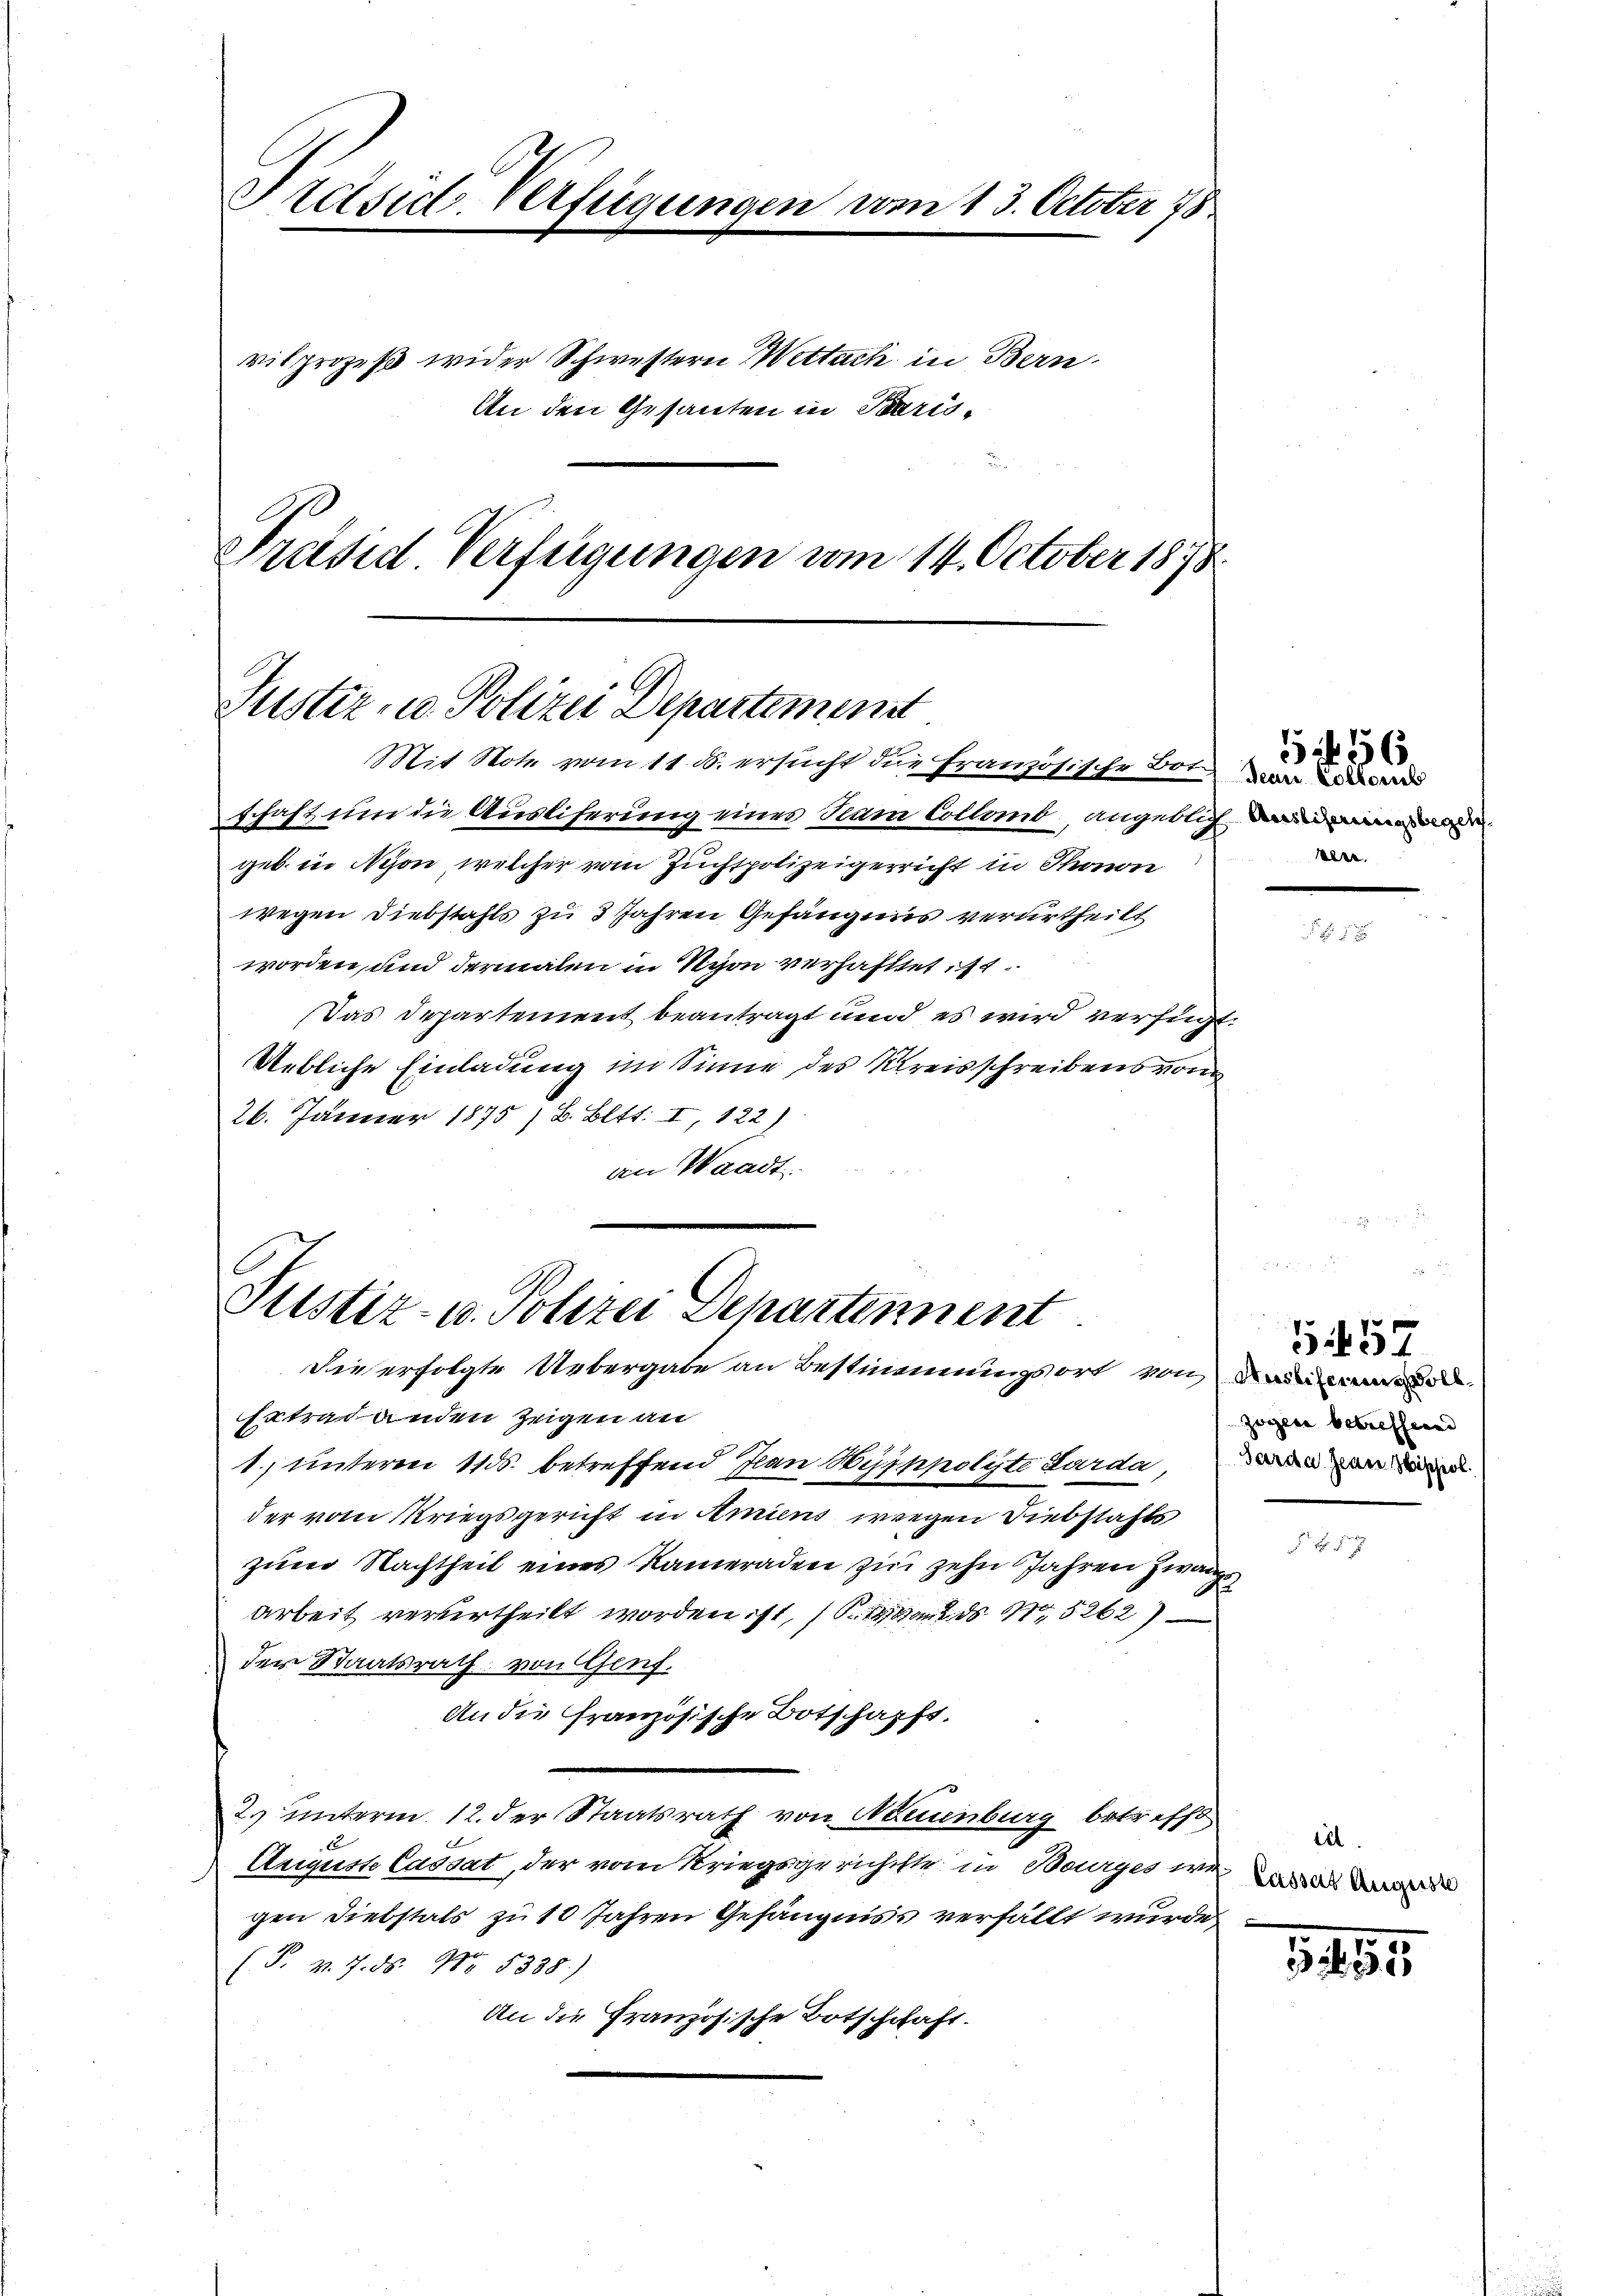
Präsid. Verfügungen vom 13. October 18

vilprozeß wider Schwestern Wettuch in Bern
An den Gesanten in Paris¬

Präsid Verfügungen vom 14. October 1878.

Justiz- u. Polizei Departement
Mit Note vom 11. d. ersucht die französische Bot

schaft um die Ausliferung eines Sam Colland, angeblich in
geb. in Nyon, welcher vom Zuchtpolizeigerricht in Thonon
wegen Diebstahls zu 3 Jahren Gefängens verurtheilt
worden, und dermalen in Nyon verhaftet ist
Das Departement beantragt und es wird verfügt,
Uebliche Einladung im Sinne des Kreisschreibens von
26. Jänner 1875 / B. Bett. I, 122)
an Waadt.

Justiz- u. Polizei Departennent

Die erfolgte Uebergabe an Bestimmungsort von da
Ertrag anden Zeigen an
1) unteren 11 ds. betreffend Jean Symppolyte Lardaue
der vom Kriegsgericht in Amiens wegen Diebstahls
zum Nachtheil eines Kameraden zur zehn Jahren Zwang
arbeit verurtheilt worden ist, an ds 15262)
der Staatsrath von Genf.
An die französische Botschafft.
2. unterm 12. der Staatsrath von Neuenburg betreffe
Auguste Cassat, der vom Kriegsgerichtste in Bourges wie de
gen Diebstals zu 10 Jahren Gefängniss verfällt wurde,
(P. v. 7. ds. No 1338)
An die Französische Botschchaft.

Decis Collorib
see.

456

zogen betreffend

557

f 5 x

iel
d

1191